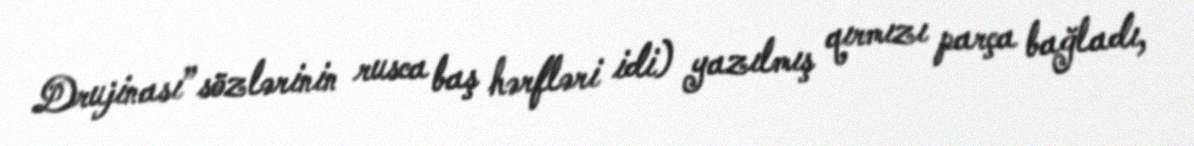
Drujinası” sözlərinin rusca baş hərfləri idi) yazılmış qırmızı parça bağladı,